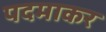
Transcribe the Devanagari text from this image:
पदमाकर